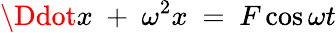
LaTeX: \Ddot{x}\ +\ \omega^{2}x\ =\ F\cos{\omega t}